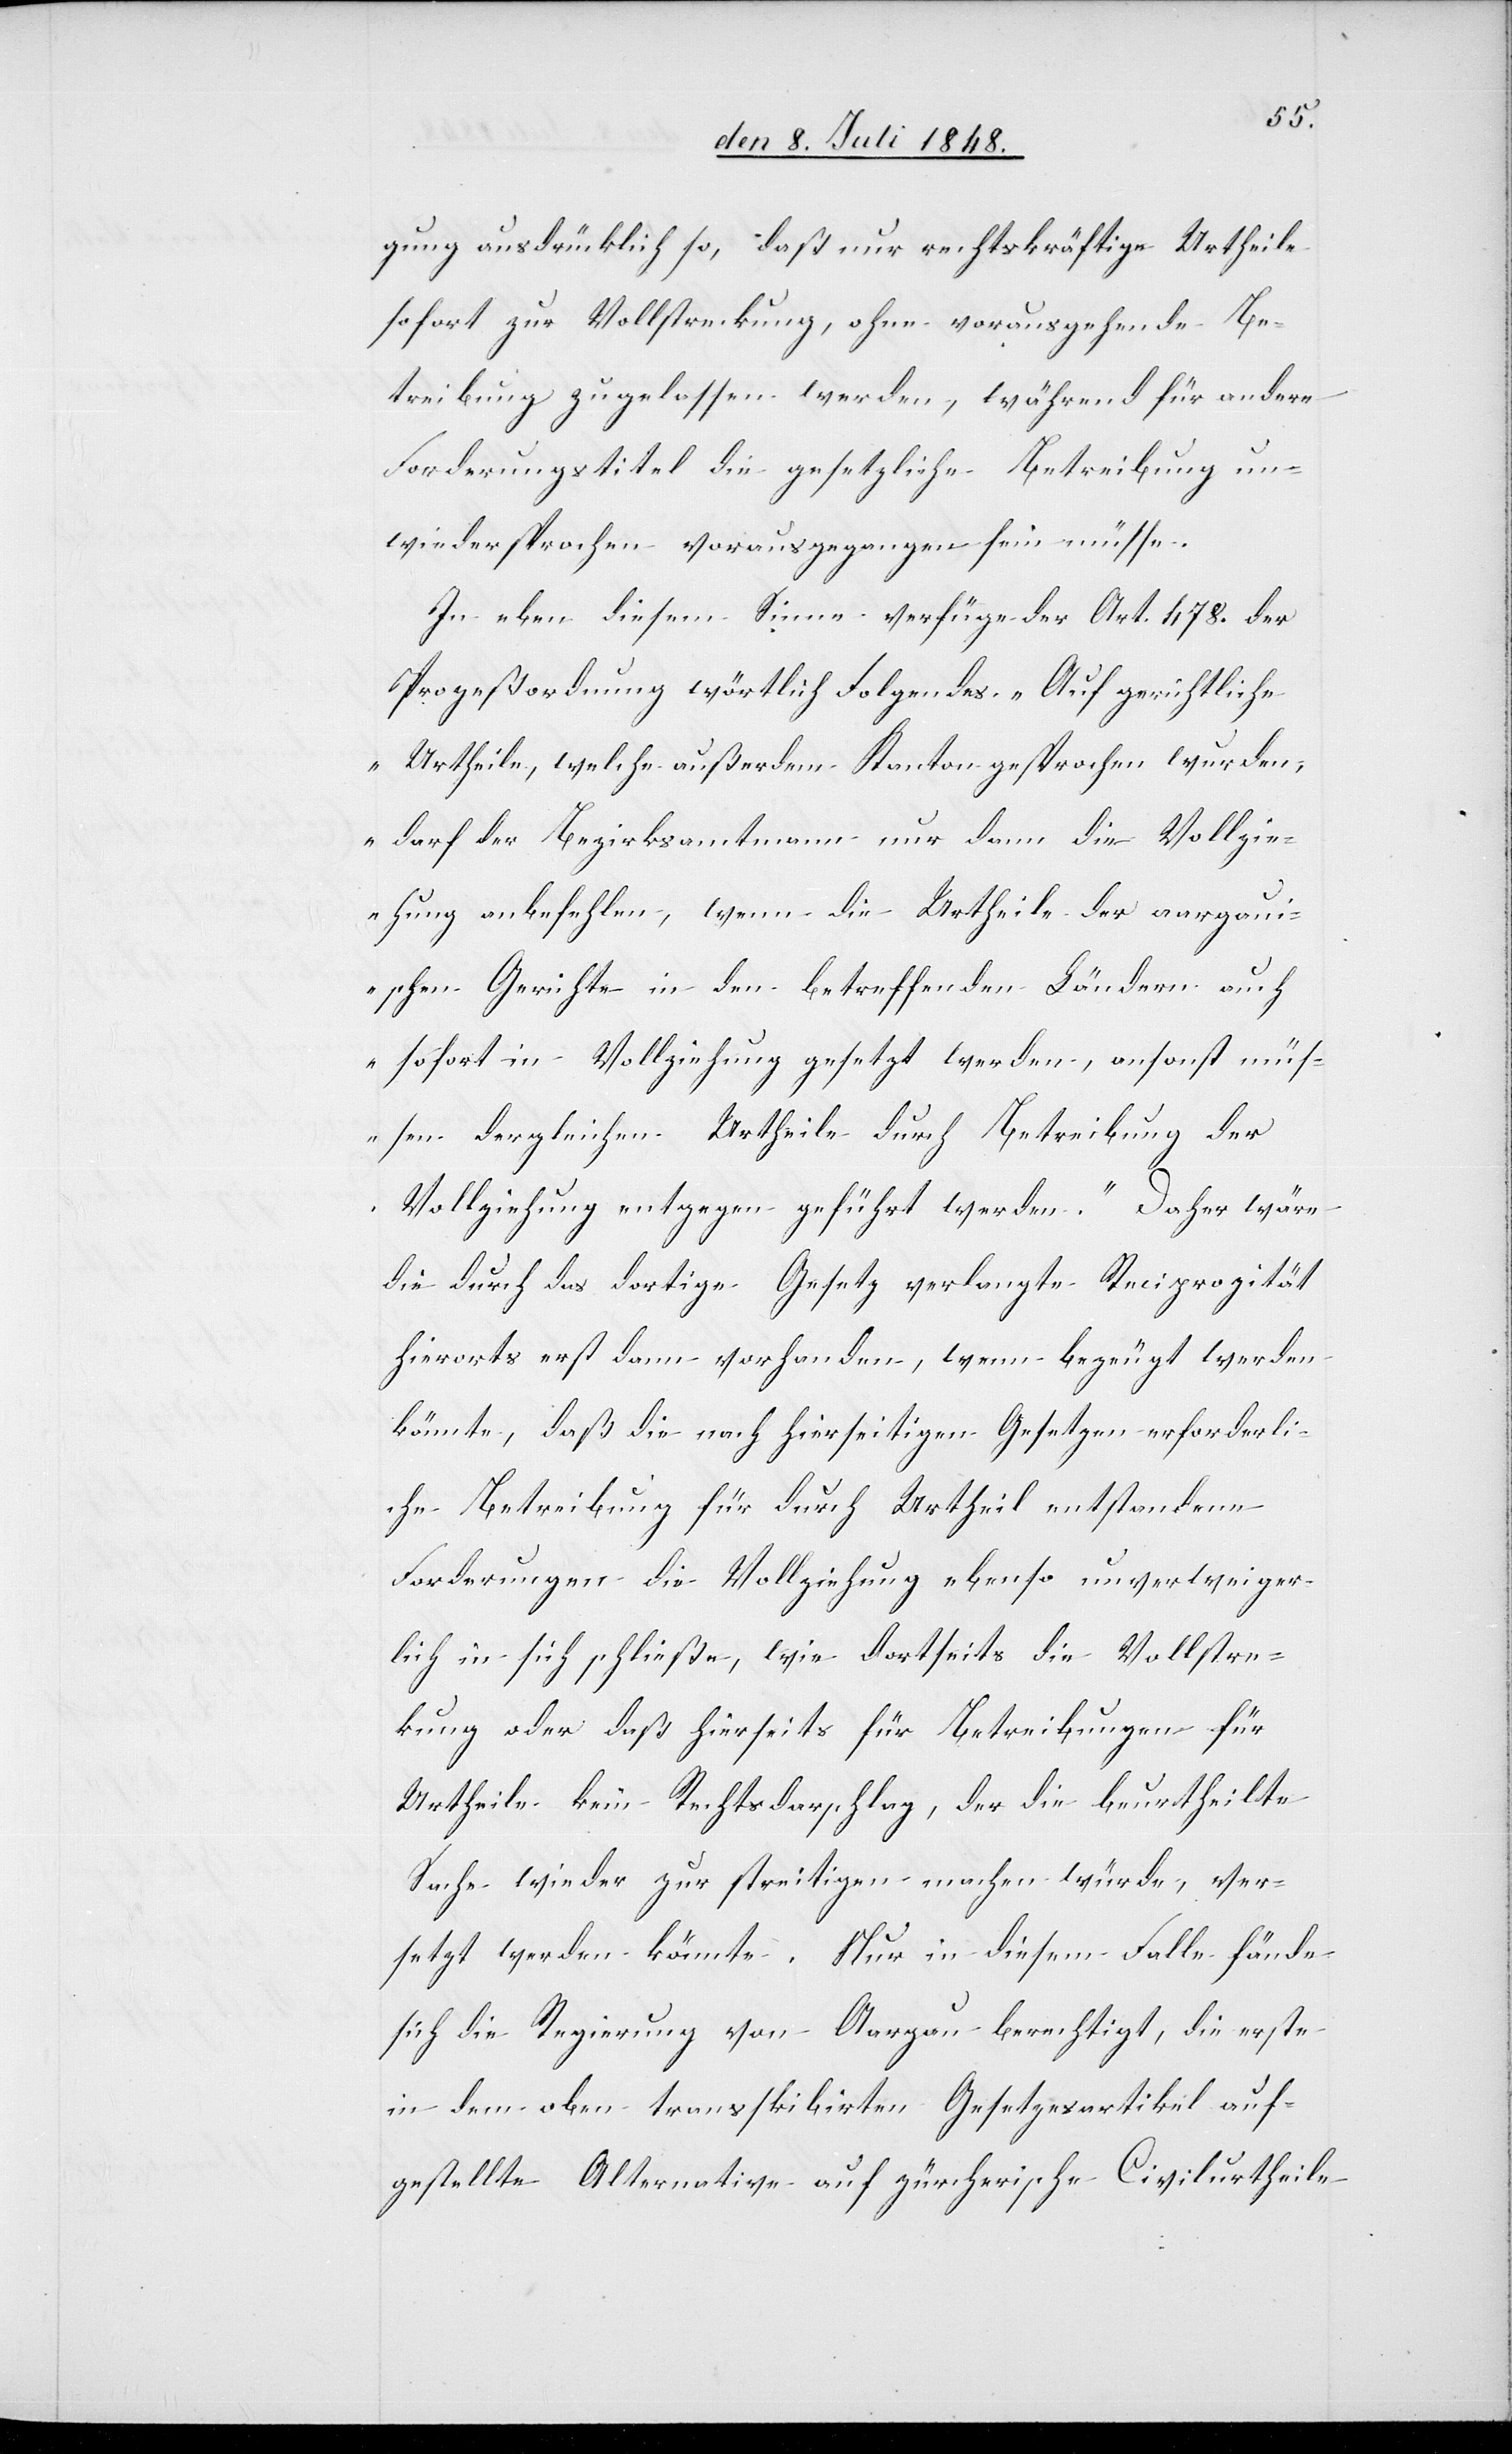
gung ausdrücklich so, daß nur rechtskräftige Urtheile
sofort zur Vollstreckung, ohne vorausgehende Be¬
treibung zugelassen werden, während für andere
Forderungstitel die gesetzliche Betreibung un¬
wiedersprochen vorausgegangen sein müsse.
In eben diesem Sinne verfüge der Art. 478. der
Prozeßordnung wörtlich Folgendes. „Auf gerichtliche
Urtheile, welche außerdem Kanton gesprochen wurden,
darf der Bezirksamtmann nur dann die Vollzi¬
ehung anbefehlen, wenn die Urtheile der aargau¬
ischen Gerichte in den betreffenden Ländern auch
sofort in Vollziehung gesetzt werden, ansonst müs¬
sen dergleichen Urtheile durch Betreibung der
Vollziehung entgegen geführt werden.“ Daher wäre
die durch das dortige Gesetz verlangte Reciprozität
hierorts erst dann vorhanden, wenn bezeugt werden
könnte, daß die nach hierseitigen Gesetzen erforderli¬
che Betreibung für durch Urtheil entstandene
Forderungen die Vollziehung ebenso unverweiger¬
lich in sich schließe, wie dortseits die Vollstrec¬
kung oder daß hierseits für Betreibungen für
Urtheile kein Rechtsdarschlag, der die beurtheilte
Sache wieder zur streitigen machen würde, ver¬
setzt werden könnte. Nur in diesem Falle fände
sich die Regierung von Aargau berechtigt, die erste
in dem oben transk[r]ibirten Gesetzesartikel auf¬
gestellte Alternative auf zürcherische Civilurtheile